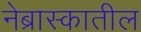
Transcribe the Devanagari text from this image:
नेब्रास्कातील